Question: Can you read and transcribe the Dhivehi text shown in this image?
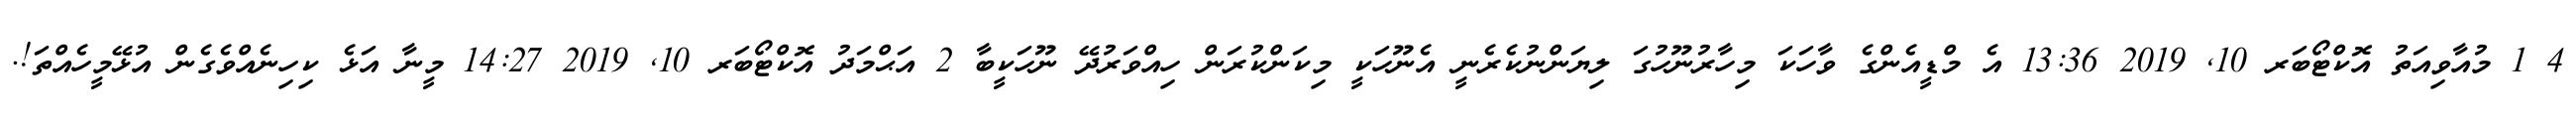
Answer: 4 1 މުއާވިއަތު އޮކްޓޯބަރ 10, 2019 13:36 އެ މްޑީއެންގެ ވާހަކަ މިހާރުނޫހުގަ ލިޔަންނުކެރެނީ އެނޫހަކީ މިކަންކުރަން ހިއްވަރުދޭ ނޫހަކީބާ 2 އަޙްމަދު އޮކްޓޯބަރ 10, 2019 14:27 މީނާ އަޅެ ކިހިނެއްވެގެން އުޅޭމީހެއްތަ!.